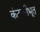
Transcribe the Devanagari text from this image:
कंटकीभूत